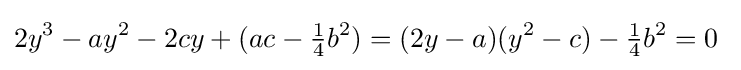
2y^{3}-ay^{2}-2cy+(ac-{\tfrac {1}{4}}b^{2})=(2y-a)(y^{2}-c)-{\tfrac {1}{4}}b^{2}=0\